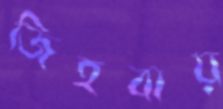
জিহবায়